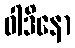
ဝါဒိနော